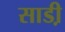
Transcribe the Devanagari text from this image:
साडी़